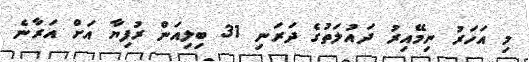
މި އަހަރު ނިމޭއިރު ދައުލަތުގެ ދަރަނި 31 ބިލިއަން ރުފިޔާ އަށް އަރާނެ